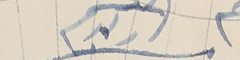
ولدكم